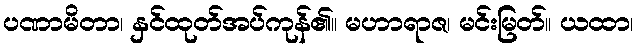
ပဏာမိတာ၊ နှင်ထုတ်အပ်ကုန်၏။ မဟာရာဇ၊ မင်းမြတ်။ ယထာ၊